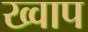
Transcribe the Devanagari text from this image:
ख्वाप